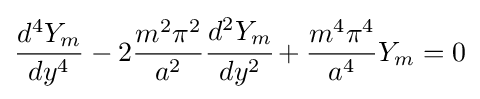
{\frac {d^{4}Y_{m}}{dy^{4}}}-2{\frac {m^{2}\pi ^{2}}{a^{2}}}{\cfrac {d^{2}Y_{m}}{dy^{2}}}+{\frac {m^{4}\pi ^{4}}{a^{4}}}Y_{m}=0